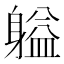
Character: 𬧬